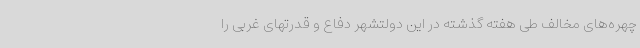
چهره‌های مخالف طی هفته گذشته در این دولتشهر دفاع و قدرتهای غربی را